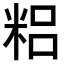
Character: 𥺓